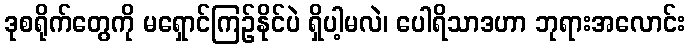
ဒုစရိုက်တွေကို မရှောင်ကြဉ်နိုင်ပဲ ရှိပါ့မလဲ၊ ပေါရိသာဒဟာ ဘုရားအလောင်း